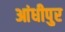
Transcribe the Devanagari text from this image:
आंधीपुर